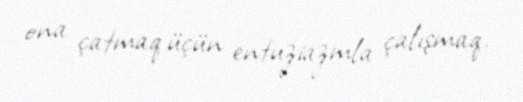
ona çatmaq üçün entuziazmla çalışmaq.